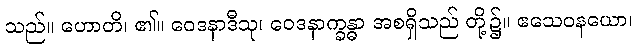
သည်။ ဟောတိ၊ ၏။ ဝေဒနာဒီသု၊ ဝေဒနာက္ခန္ဓာ အစရှိသည် တို့၌။ ဧသေဝနယော၊